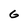
Character: 6